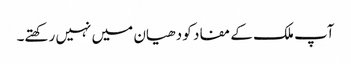
آپ ملک کے مفاد کو دھیان میں نہیں رکھتے۔